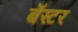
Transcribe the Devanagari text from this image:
बॅस्टर